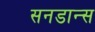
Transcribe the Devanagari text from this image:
सनडान्स